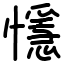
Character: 懚